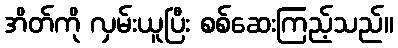
အိတ်ကို လှမ်းယူပြီး စစ်ဆေးကြည့်သည်။